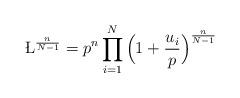
LaTeX: \begin{align*}{\L}^{ \frac{n}{N-1} } = p^n \prod_{i=1}^N\Big( 1 + \frac{u_i}{p} \Big)^{ \frac{n}{N-1} }\end{align*}